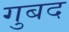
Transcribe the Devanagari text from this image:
गुबद